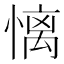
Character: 𢟢